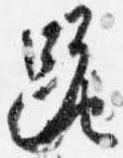
跪